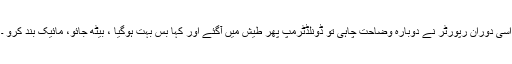
اسی دوران رپورٹر نے دوبارہ وضاحت چاہی تو ڈونلڈٹرمپ پھر طیش میں آگئے اور کہا بس بہت ہوگیا ، بیٹھ جائو، مائیک بند کرو ۔